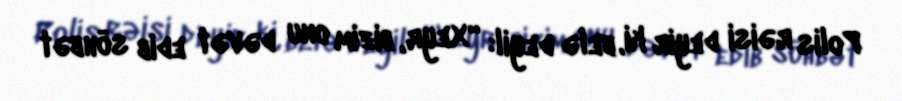
Polis rəisi deyir ki, belə deyil: “Xeyr, bizim onu dəvət edib söhbət